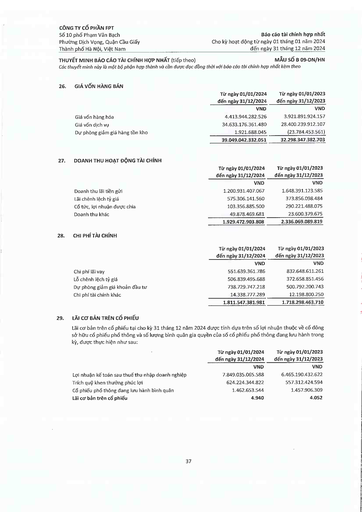
||Từ ngày 01/01/2024 đến ngày 31/12/2024|Từ ngày 01/01/2023 đến ngày 31/12/2023| |---|---|---| ||VND|VND| |Giá vốn hàng hóa|4.413.944.282.526|3.921.891.924.157| |Giá vốn dịch vụ|34.633.176.361.480|28.400.239.912.107| |Dự phòng giảm giá hàng tồn kho|1.921.688.045|(23.784.453.561)| ||39.049.042.332.051|32.298.347.382.703| ||Từ ngày 01/01/2024 đến ngày 31/12/2024|Từ ngày 01/01/2023 đến ngày 31/12/2023| |---|---|---| ||VND|VND| |Doanh thu lãi tiền gửi|1.200.931.407.067|1.648.391.123.585| |Lãi chênh lệch tỷ giá|575.306.141.560|373.856.098.484| |Cổ tức, lợi nhuận được chia|103.356.885.500|290.221.488.075| |Doanh thu khác|49.878.469.681|23.600.379.675| ||1.929.472.903.808|2.336.069.089.819| ||Từ ngày 01/01/2024 đến ngày 31/12/2024|Từ ngày 01/01/2023 đến ngày 31/12/2023| |---|---|---| ||VND|VND| |Chi phí lãi vay|551.639.361.786|832.648.611.261| |Lỗ chênh lệch tỷ giá|506.839.495.688|372.658.851.456| |Dự phòng giảm giá khoản đầu tư|738.729.747.218|500.792.200.743| |Chi phí tài chính khác|14.338.777.289|12.198.800.250| ||1.811.547.381.981|1.718.298.463.710| ||Từ ngày 01/01/2024 đến ngày 31/12/2024|Từ ngày 01/01/2023 đến ngày 31/12/2023| |---|---|---| ||VND|VND| |Lợi nhuận kế toán sau thuế thu nhập doanh nghiệp|7.849.035.065.588|6.465.190.432.622| |Trích quỹ khen thưởng phúc lợi|624.224.344.822|557.312.424.594| |Cổ phiếu phổ thông đang lưu hành bình quân|1.462.653.544|1.457.906.309| |Lãi cơ bản trên cổ phiếu|4.940|4.052|